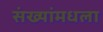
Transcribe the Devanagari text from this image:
संख्यांमधला